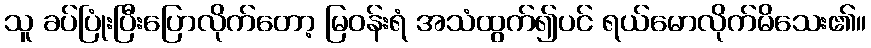
သူ ခပ်ပြုံးပြီးပြောလိုက်တော့ မြဝန်းရံ အသံထွက်၍ပင် ရယ်မောလိုက်မိသေး၏။